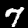
Digit: 7